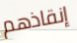
إنقاذهم